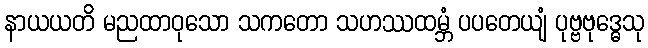
နာယယတိ မညထာဝုသော သကတော သဟဿထမ္ဘံ ပပတေယျံ ပုဗ္ဗဗုဒ္ဓေသု